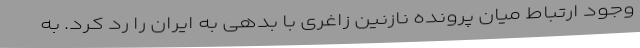
وجود ارتباط میان پرونده نازنین زاغری با بدهی به ایران را رد کرد. به